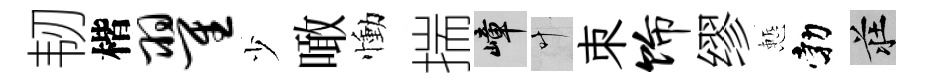
韧楷翟少噉慟揣嶂叶朿饰缪慙勃莊